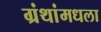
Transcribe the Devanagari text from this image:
ग्रंथांमधला